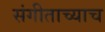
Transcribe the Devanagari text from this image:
संगीताच्याच